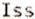
ISS